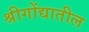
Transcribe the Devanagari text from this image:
श्रीगोंद्यातील